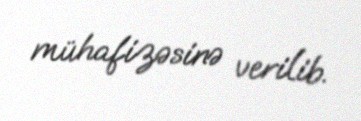
mühafizəsinə verilib.